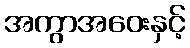
အကွာအဝေးနှင့်